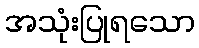
အသုံးပြုရသော